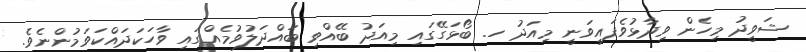
ޝަވީދު މިހެން ވިދާޅުވެފައިވަނީ މިއަދު ހ. ބޯޅަގޭގައި މިއަދު ބޭއްވި ބައްދަލުވުމެއްގައި ވާހަކަދައްކަވަމުންނެވެ.